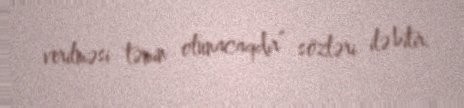
verilməsi təmin olunacaqdır” sözləri ilə bitir.